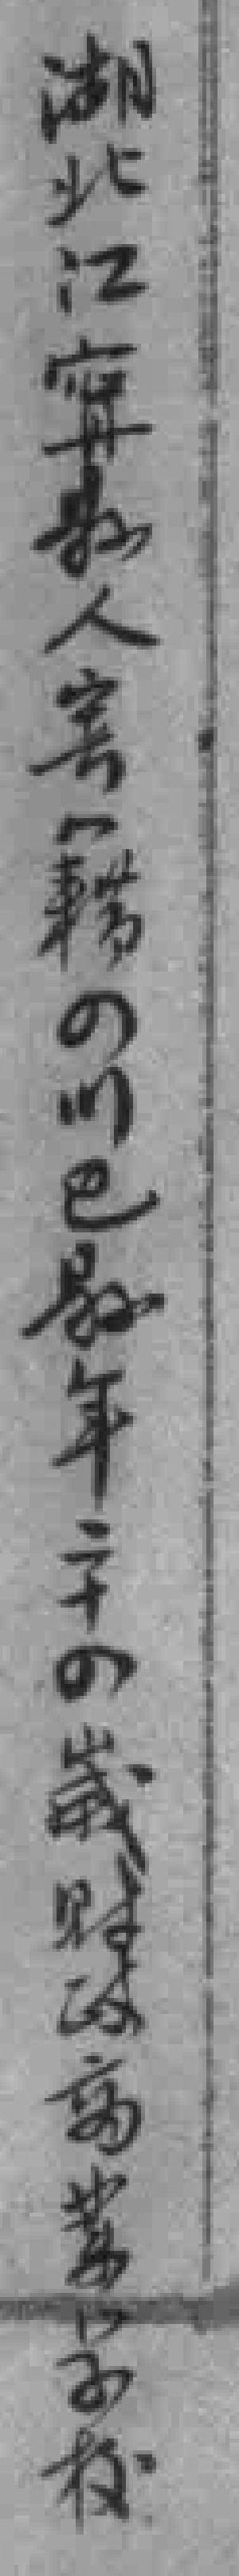
湖北江寗縣人寄籍四川巴縣年二十四歲财政商業学校